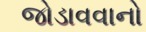
જોડાવવાનો